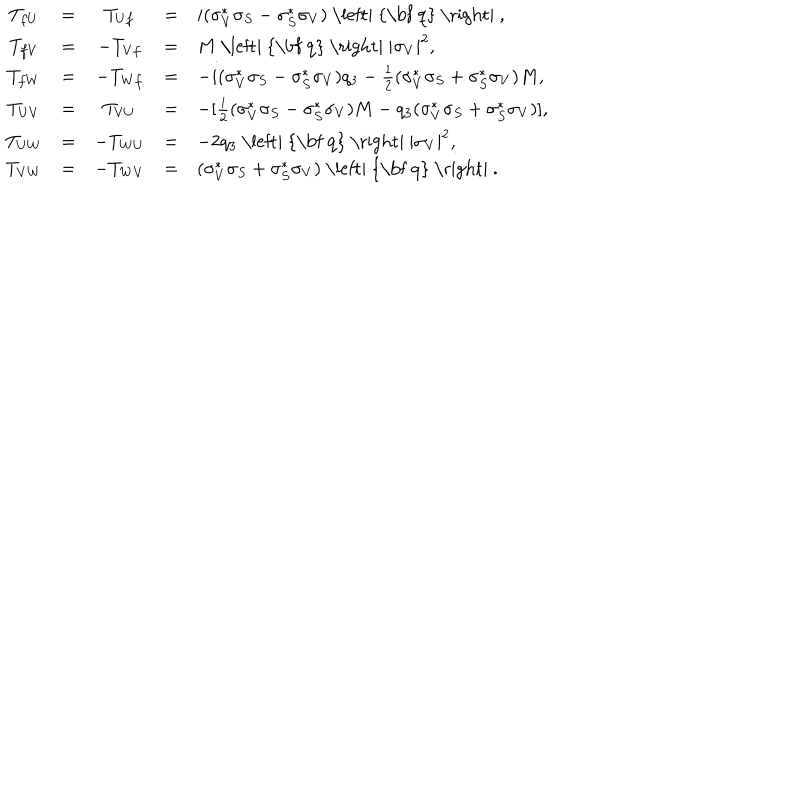
LaTeX: \begin{array} { c c c c l } { { T _ { f U } } } & { { = } } & { { T _ { U f } } } & { { = } } & { { i ( \sigma _ { V } ^ { \ast } \sigma _ { S } - \sigma _ { S } ^ { \ast } \sigma _ { V } ) \mathrm { ~ \left| ~ { \bf ~ q } ~ \right| ~ } , } } \\ { { T _ { f V } } } & { { = } } & { { - T _ { V f } } } & { { = } } & { { M \mathrm { ~ \left| ~ { \bf ~ q } ~ \right| ~ } | \sigma _ { V } | ^ { 2 } , } } \\ { { T _ { f W } } } & { { = } } & { { - T _ { W f } } } & { { = } } & { { - i ( \sigma _ { V } ^ { \ast } \sigma _ { S } - \sigma _ { S } ^ { \ast } \sigma _ { V } ) q _ { 3 } - \frac { 1 } { 2 } ( \sigma _ { V } ^ { \ast } \sigma _ { S } + \sigma _ { S } ^ { \ast } \sigma _ { V } ) M , } } \\ { { T _ { U V } } } & { { = } } & { { T _ { V U } } } & { { = } } & { { - [ \frac { i } { 2 } ( \sigma _ { V } ^ { \ast } \sigma _ { S } - \sigma _ { S } ^ { \ast } \sigma _ { V } ) M - q _ { 3 } ( \sigma _ { V } ^ { \ast } \sigma _ { S } + \sigma _ { S } ^ { \ast } \sigma _ { V } ) ] , } } \\ { { T _ { U W } } } & { { = } } & { { - T _ { W U } } } & { { = } } & { { - 2 q _ { 3 } \mathrm { ~ \left| ~ { \bf ~ q } ~ \right| ~ } | \sigma _ { V } | ^ { 2 } , } } \\ { { T _ { V W } } } & { { = } } & { { - T _ { W V } } } & { { = } } & { { ( \sigma _ { V } ^ { \ast } \sigma _ { S } + \sigma _ { S } ^ { \ast } \sigma _ { V } ) \mathrm { ~ \left| ~ { \bf ~ q } ~ \right| ~ } . } } \\ \end{array}